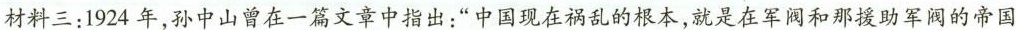
材料三：1924年，孙中山曾在一篇文章中指出：”中国现在祸乱的根本，就是在军阀和那援助军阀的帝国